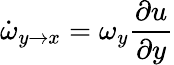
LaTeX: \dot{\omega}_{y\rightarrow x}=\omega_{y}\frac{\partial u}{\partial y}